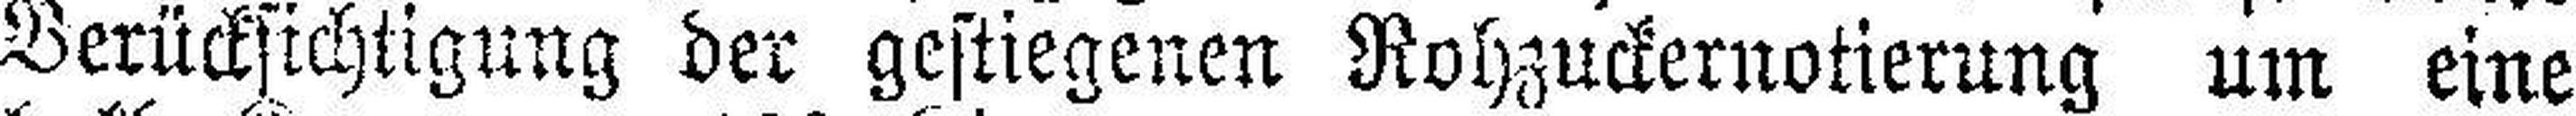
Berücksichtigung der gestiegenen Rohzuckernotierung um eine